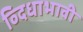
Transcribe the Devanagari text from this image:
व्दिधाभावी